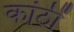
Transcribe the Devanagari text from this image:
कांठीं